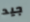
جيد